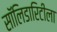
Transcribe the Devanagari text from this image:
सॉलिडारिटीला